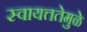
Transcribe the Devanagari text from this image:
स्वायत्ततेमुळे